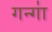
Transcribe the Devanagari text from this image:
गन्गा॑